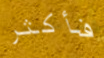
فأكثر